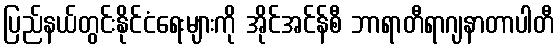
ပြည်နယ်တွင်းနိုင်ငံရေးများကို အိုင်အင်န်စီ ဘာရာတီရာဂျနာတာပါတီ